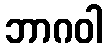
ဘာဂဝါ